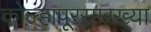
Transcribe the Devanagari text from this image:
कोल्हापूरसारख्या